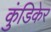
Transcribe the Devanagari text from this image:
कुंडिकेर